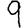
Digit: 9